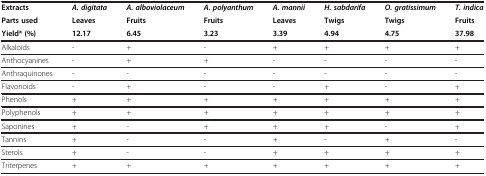
<table><thead><tr><td><b>Extracts</b></td><td><b><i>A. digitata</i></b></td><td><b><i>A. alboviolaceum</i></b></td><td><b><i>A. polyanthum</i></b></td><td><b><i>A. mannii</i></b></td><td><b><i>H. sabdarifa</i></b></td><td><b><i>O. gratissimum</i></b></td><td><b><i>T. indica</i></b></td></tr><tr><td><b>Parts used</b></td><td><b>Leaves</b></td><td><b>Fruits</b></td><td><b>Fruits</b></td><td><b>Leaves</b></td><td><b>Twigs</b></td><td><b>Twigs</b></td><td><b>Fruits</b></td></tr><tr><td><b>Yield* (%)</b></td><td><b>12.17</b></td><td><b>6.45</b></td><td><b>3.23</b></td><td><b>3.39</b></td><td><b>4.94</b></td><td><b>4.75</b></td><td><b>37.98</b></td></tr></thead><tbody><tr><td>Alkaloids</td><td>-</td><td>+</td><td>-</td><td>+</td><td>+</td><td>+</td><td>+</td></tr><tr><td>Anthocyanines</td><td>-</td><td>+</td><td>+</td><td>-</td><td>-</td><td>-</td><td>-</td></tr><tr><td>Anthraquinones</td><td>-</td><td>-</td><td>-</td><td>-</td><td>-</td><td>-</td><td>-</td></tr><tr><td>Flavonoids</td><td>-</td><td>+</td><td>-</td><td>-</td><td>+</td><td>-</td><td>+</td></tr><tr><td>Phenols</td><td>+</td><td>+</td><td>+</td><td>+</td><td>+</td><td>+</td><td>+</td></tr><tr><td>Polyphenols</td><td>+</td><td>+</td><td>+</td><td>+</td><td>+</td><td>+</td><td>+</td></tr><tr><td>Saponines</td><td>+</td><td>-</td><td>+</td><td>+</td><td>+</td><td>-</td><td>+</td></tr><tr><td>Tannins</td><td>+</td><td>-</td><td>-</td><td>+</td><td>-</td><td>+</td><td>-</td></tr><tr><td>Sterols</td><td>+</td><td>-</td><td>-</td><td>+</td><td>+</td><td>+</td><td>+</td></tr><tr><td>Triterpenes</td><td>+</td><td>+</td><td>+</td><td>+</td><td>+</td><td>+</td><td>+</td></tr></tbody></table>